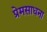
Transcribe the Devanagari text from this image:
प्रेमसाधना